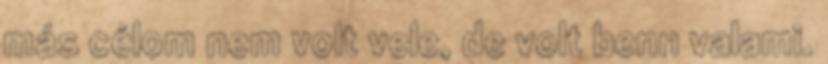
más célom nem volt vele, de volt benn valami.